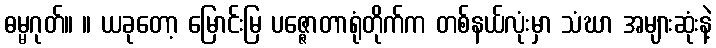
ဓမ္မဂုတ်။ ။ ယခုတော့ မြောင်းမြ ပဇ္ဇောတာရုံတိုက်က တစ်နယ်လုံးမှာ သံဃာ အများဆုံးနဲ့